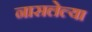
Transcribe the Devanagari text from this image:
नासलेल्या